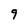
Character: 9